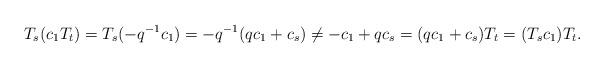
LaTeX: \begin{align*}T_s(c_1T_t)=T_s(-q^{-1}c_1)=-q^{-1}(qc_1+c_s)\ne -c_1+qc_s=(qc_1+c_s)T_t=(T_sc_1)T_t.\end{align*}